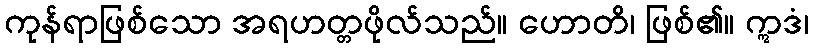
ကုန်ရာဖြစ်သော အရဟတ္တဖိုလ်သည်။ ဟောတိ၊ ဖြစ်၏။ ဣဒံ၊